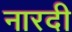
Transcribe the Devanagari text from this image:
नारदी